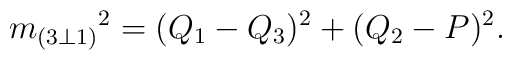
{m_{(3\bot 1)}}^2 = (Q_1 - Q_3)^2 + (Q_2 - P)^2.